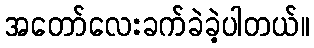
အတော်လေးခက်ခဲခဲ့ပါတယ်။